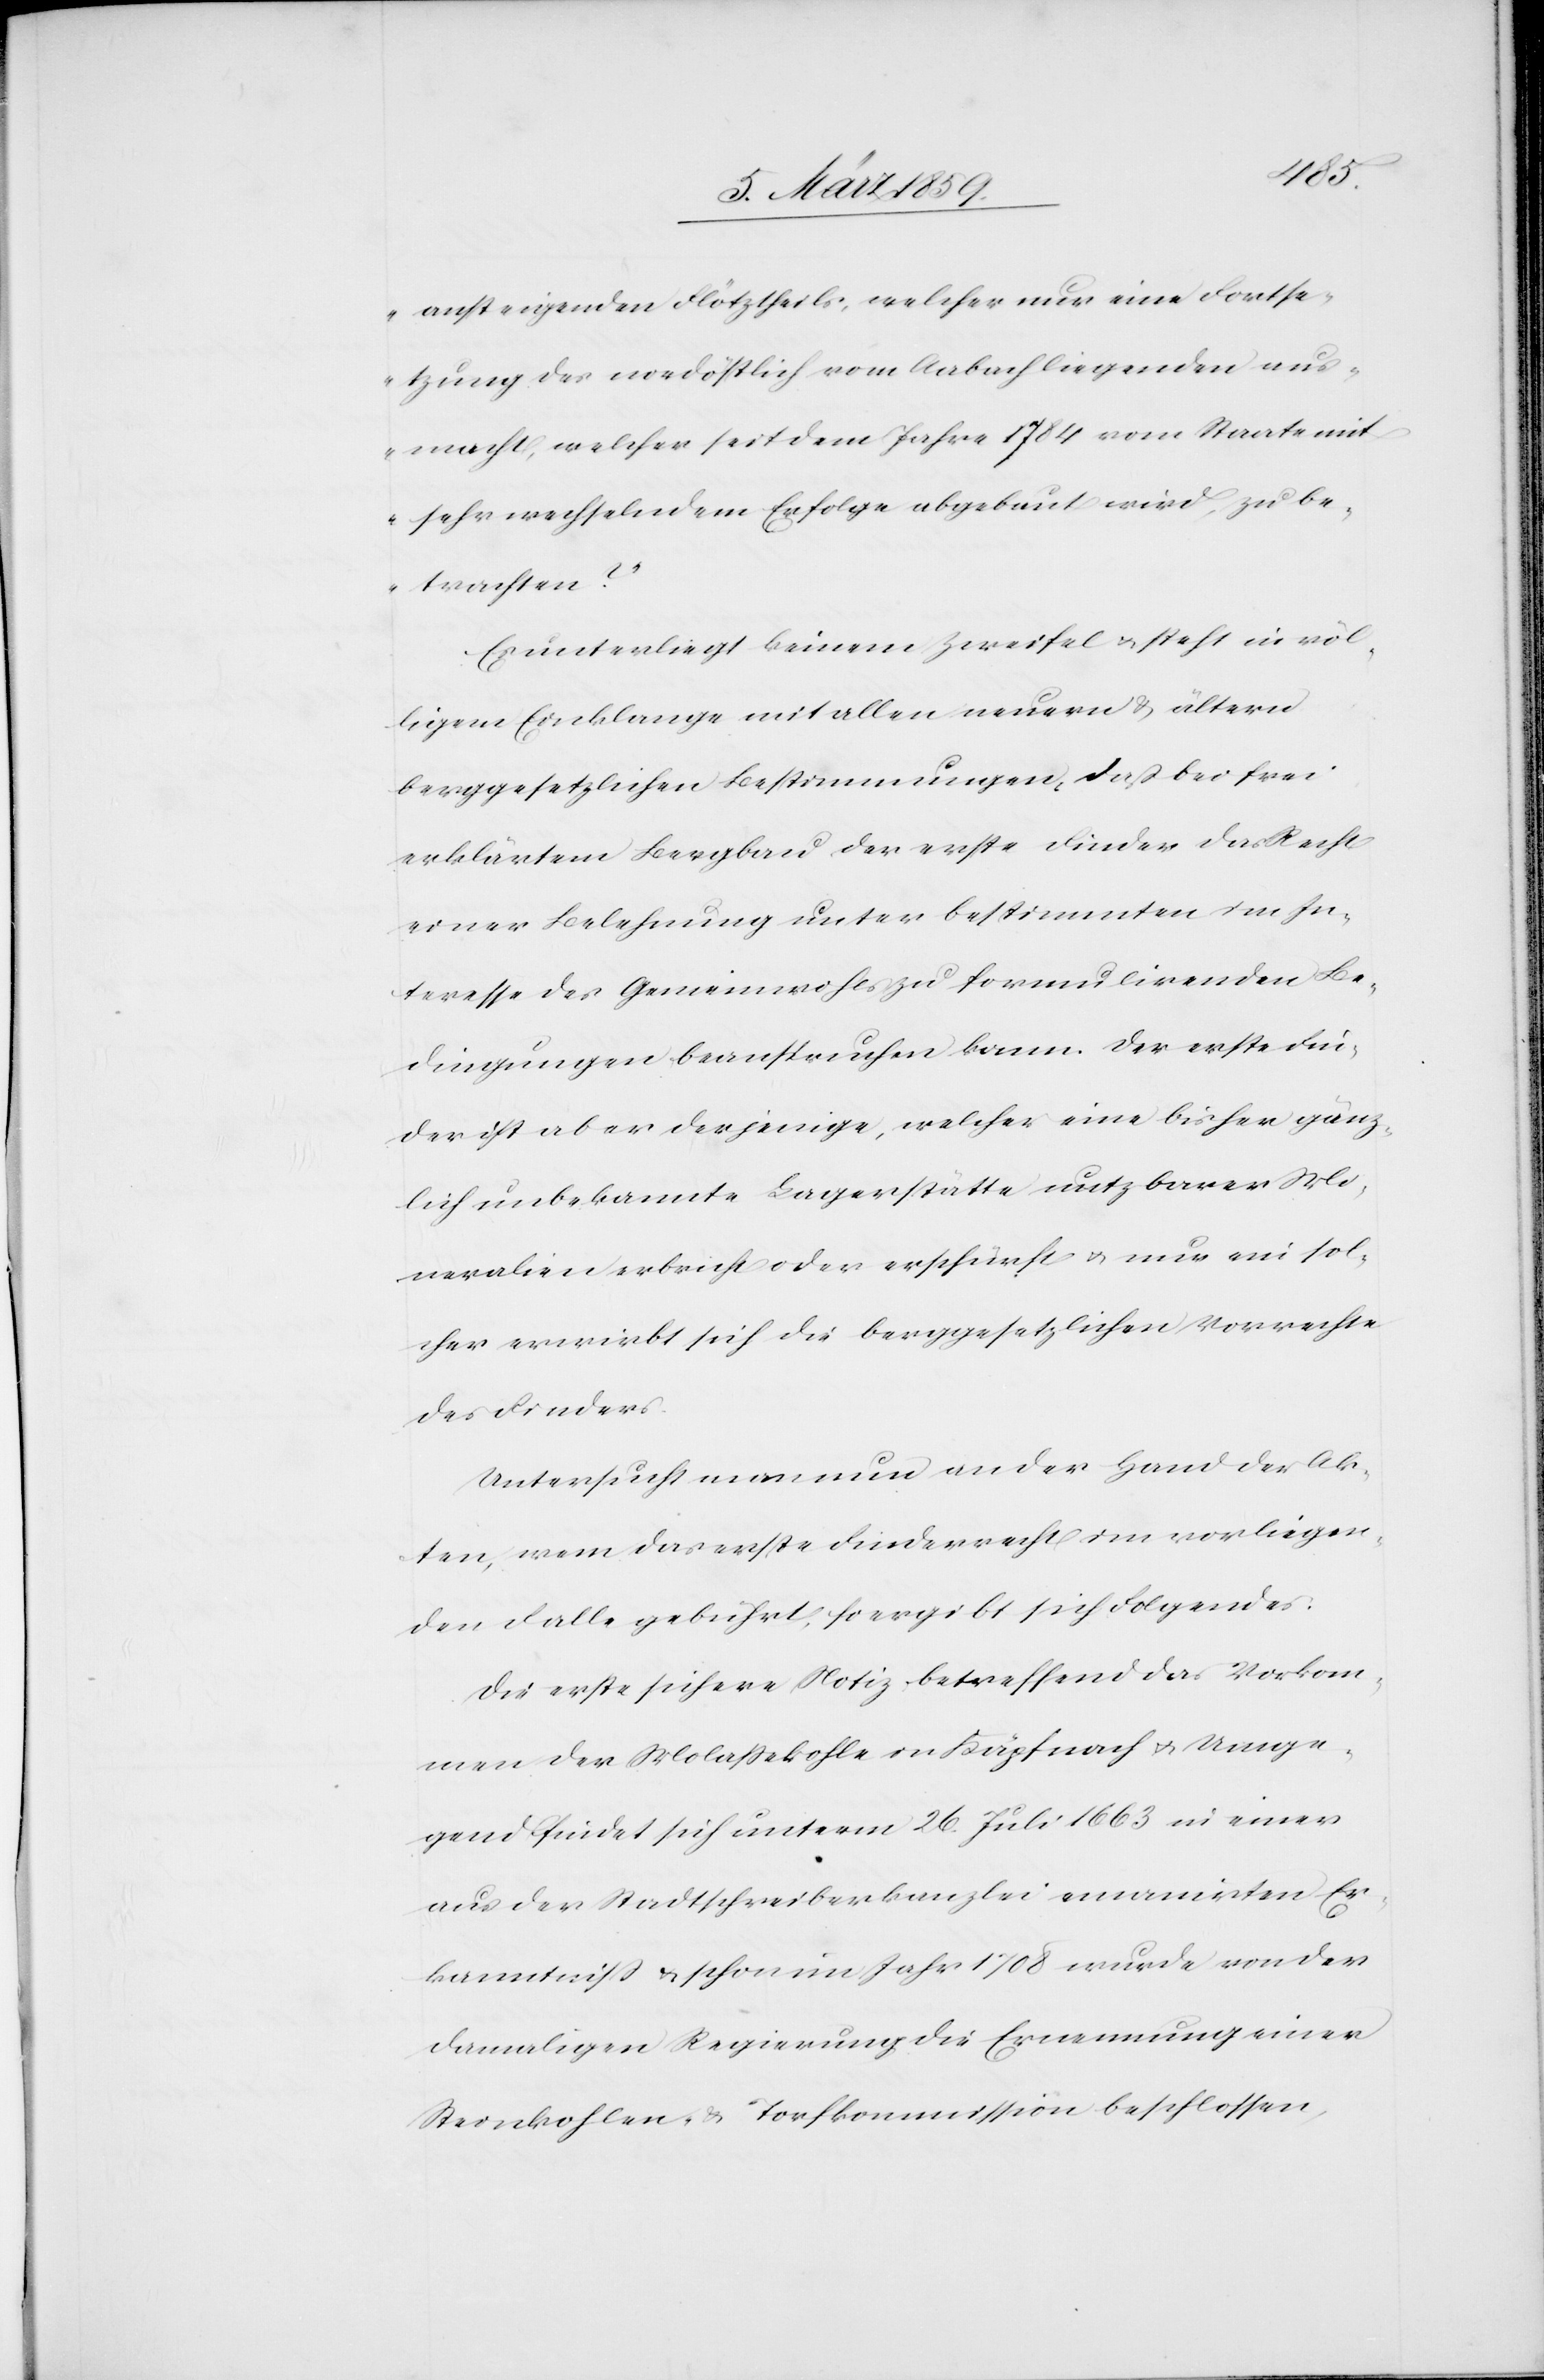
ansteigenden Flötztheils, welcher nur eine Fortse¬
tzung des nordöstlich vom Aabach liegenden aus¬
macht, welcher seit dem Jahre 1784 vom Staate mit
sehr wechselndem Erfolge abgebaut wird, zu be¬
trachten?“
Es unterliegt keinem Zweifel u. steht in völ¬
ligem Einklang mit allen neuern & ältern
berggesetzlichen Bestimmungen, daß bei frei
erklärtem Bergbau der erste Finder das Recht
einer Belehnung unter bestimmten im In¬
teresse des Gemeinwohls zu formulirenden Be¬
dingungen beanspruchen kann. Der erste Fin¬
der ist aber derjenige, welcher eine bisher gänz¬
lich unbekannte Lagerstätte nutzbarer Mi¬
neralien erbricht oder erschürft u. nur ein sol¬
cher erwirbt sich die berggesetzlichen Vorrechte
des Finders.
Untersucht man nun an der Hand der Ak¬
ten, wem das erste Finderrecht im vorliegen¬
den Falle gebührt, so ergibt sich Folgendes:
Die erste sichere Notiz betreffend das Vorkom¬
men der Molaßekohle in Käpfnach u. Umge¬
gend findet sich unterm 26. Juli 1663 in einer
aus der Stadtschreiberkanzlei emanirten Er¬
kanntniß u. schon im Jahr 1708 wurde von der
damaligen Regierung die Ernennung einer
Steinkohlen- & Torfkommission beschlossen,